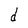
Character: d